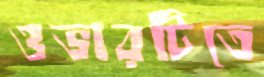
ওভারটিতে